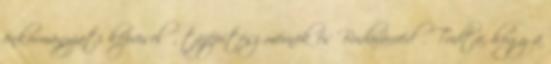
önkormányzati képviselő, tájépítész mérnök és Budavárvédő. Tudta, hogy a